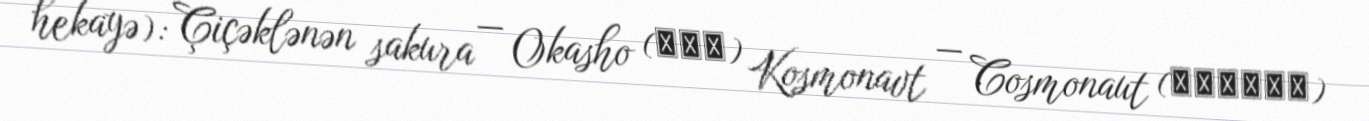
hekayə): Çiçəklənən sakura — Okasho (桜花抄) Kosmonavt — Cosmonaut (コスモナウト)